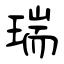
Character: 瑞